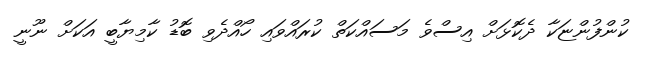
ކުންފުންޏަކާ ދެކޮޅަށް އިސްވެ މަސައްކަތް ކުރައްވައި ހޯއްދެވި ބޮޑު ކާމިޔާބީ އަކަށް ނޫނީ